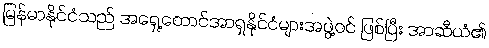
မြန်မာနိုင်ငံသည် အရှေ့တောင်အာရှနိုင်ငံများအဖွဲ့ဝင် ဖြစ်ပြီး အာဆီယံ၏